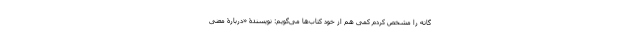
گانه را مشخص کردم کمی هم از خود کتاب‌ها می‌گویم: نویسندۀ «دربارۀ معنی